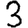
Digit: 3